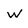
Character: w